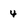
Character: 4